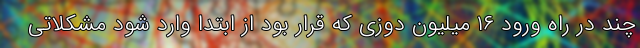
چند در راه ورود ۱۶ میلیون دوزی که قرار بود از ابتدا وارد شود مشکلاتی